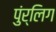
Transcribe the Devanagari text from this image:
पुंर्लिग